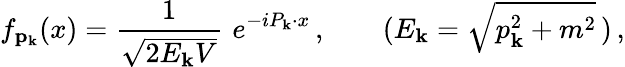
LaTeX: f_{{\mathbf p}_{\mathbf k}}(x)=\frac{1}{\sqrt{2E_{\mathbf k}V}}\, \, e^{-iP_{\mathbf k}\cdot x}\, ,\; \; \; \; \; \; \; (E_{\mathbf k}=\sqrt{p_{\mathbf k}^{2}+m^{2}}\, )\, ,